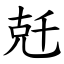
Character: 兛